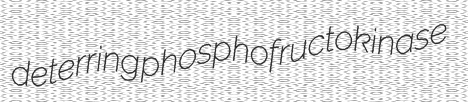
deterring phosphofructokinase